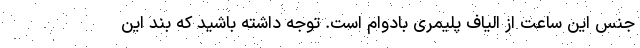
جنس این ساعت از الیاف پلیمری بادوام است. توجه داشته باشید که بند این